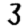
Digit: 3